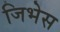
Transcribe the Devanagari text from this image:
जिभेस